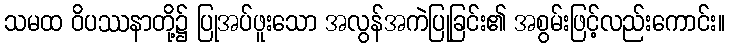
သမထ ဝိပဿနာတို့၌ ပြုအပ်ဖူးသော အလွန်အကဲပြုခြင်း၏ အစွမ်းဖြင့်လည်းကောင်း။